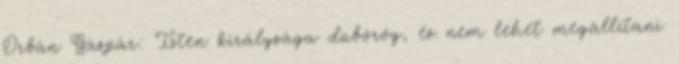
Orbán Gáspár: Isten királysága dübörög, és nem lehet megállítani